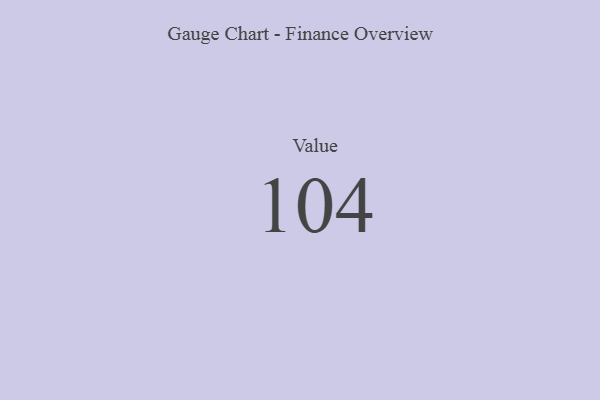
{"axis": {"x": "Metric", "y": "Value"}, "legend": [""], "data": [{"x": "Value", "y": 104, "type": ""}]}